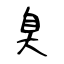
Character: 臭